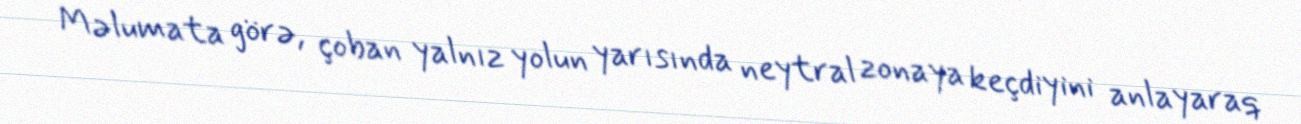
Məlumata görə, çoban yalnız yolun yarısında neytral zonaya keçdiyini anlayaraq